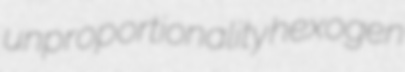
unproportionality hexogen